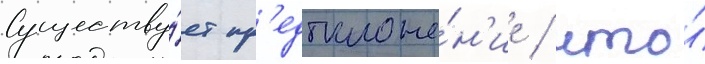
Существу́ет пр'едположе́н'ие / что́